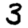
Digit: 3